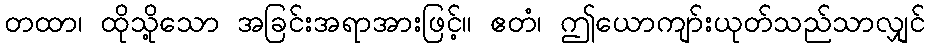
တထာ၊ ထိုသို့သော အခြင်းအရာအားဖြင့်။ ဧတံ၊ ဤယောကျာ်းယုတ်သည်သာလျှင်